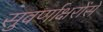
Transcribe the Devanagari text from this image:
सुवर्णाक्षरोंसे